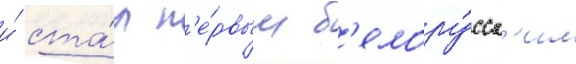
и́ ста́л п'е́рвым б'елору́сск'им